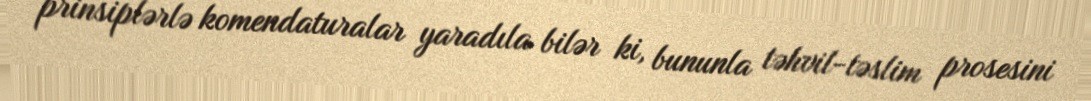
prinsiplərlə komendaturalar yaradıla bilər ki, bununla təhvil-təslim prosesini